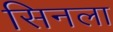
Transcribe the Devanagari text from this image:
सिनला